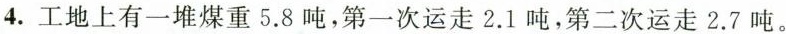
4.工地上有一堆煤重5.8吨，第一次运走2.1吨，第二次运走2.7吨。